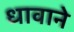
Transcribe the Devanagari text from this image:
धावाने